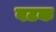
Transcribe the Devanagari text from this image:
वटक